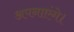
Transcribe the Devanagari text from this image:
अपनाएंगे।